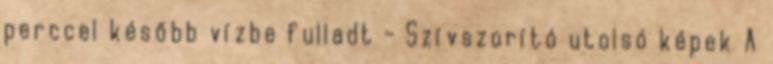
perccel később vízbe fulladt - Szívszorító utolsó képek A